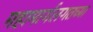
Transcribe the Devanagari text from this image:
महामार्गलगतच्या